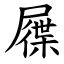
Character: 屧